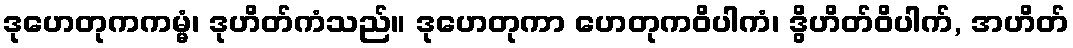
ဒုဟေတုကကမ္မံ၊ ဒုဟိတ်ကံသည်။ ဒုဟေတုကာ ဟေတုကဝိပါကံ၊ ဒွိဟိတ်ဝိပါက်, အဟိတ်